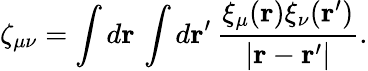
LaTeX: \zeta_{\mu\nu}=\int d\mathbf{r}\, \int d\mathbf{r}^{\prime}\, \frac{\xi_{\mu}(\mathbf{r})\xi_{\nu}(\mathbf{r}^{\prime})}{|\mathbf{r}-\mathbf{r}^{\prime}|}.